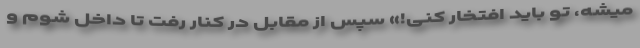
میشه، تو باید افتخار کنی!» سپس از مقابل در کنار رفت تا داخل شوم و